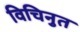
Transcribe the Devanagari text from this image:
विचिनुत